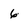
Character: 6